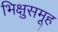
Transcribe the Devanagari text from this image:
भिक्षुसमूह